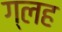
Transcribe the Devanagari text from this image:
ग्लह